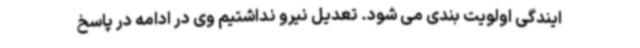
ایندگی اولویت بندی می شود. تعدیل نیرو نداشتیم وی در ادامه در پاسخ